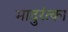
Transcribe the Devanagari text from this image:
मादुरंत्का